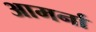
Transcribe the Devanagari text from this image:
आमर्ना